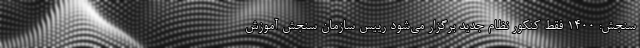
سنجش: 1400 فقط کنکور نظام جدید برگزار می‌شود رییس سازمان سنجش آموزش